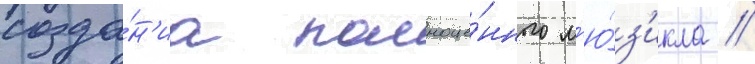
созда́н'иа полноце́нного м'ю́з'икла //